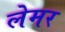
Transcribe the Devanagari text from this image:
लेमर